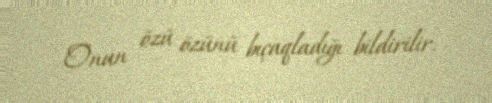
Onun özü özünü bıçaqladığı bildirilir.